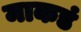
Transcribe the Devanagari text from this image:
माकडं